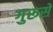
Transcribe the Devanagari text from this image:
गुरूसे